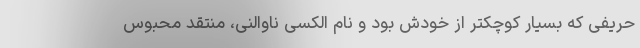
حریفی که بسیار کوچکتر از خودش بود و نام الکسی ناوالنی، منتقد محبوس